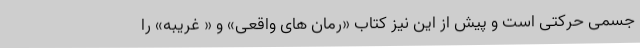
جسمی حرکتی است و پیش از این نیز کتاب «رمان های واقعی» و « غریبه» را